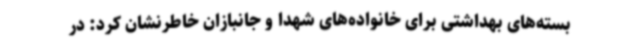
بسته‌های بهداشتی برای خانواده‌های شهدا و جانبازان خاطرنشان کرد: در